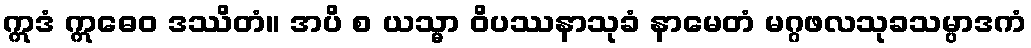
ဣဒံ ဣဓေဝ ဒဿိတံ။ အပိ စ ယသ္မာ ဝိပဿနာသုခံ နာမေတံ မဂ္ဂဖလသုခသမ္ပာဒကံ